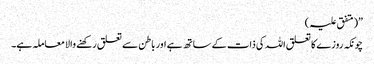
”(متفق علیہ )
چونکہ روزے کا تعلق اللہ کی ذات کے ساتھ ہے اور باطن سے تعلق رکھنے والا معاملہ ہے۔